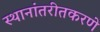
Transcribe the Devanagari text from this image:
स्थानांतरीतकरणे